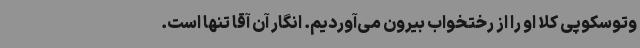
وتوسکوپی کلا او را از رختخواب بیرون می‌آوردیم. انگار آن آقا تنها است.